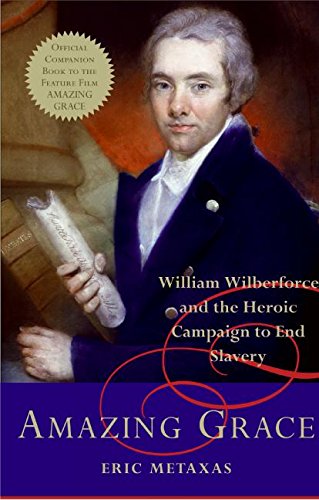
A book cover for Amazing Grace: William Wilberforce and the Heroic Campaign to End Slavery; Eric Metaxas; Biographies & Memoirs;